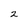
Character: 2